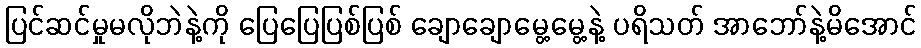
ပြင်ဆင်မှုမလိုဘဲနဲ့ကို ပြေပြေပြစ်ပြစ် ချောချောမွေ့မွေ့နဲ့ ပရိသတ် အာဘော်နဲ့မိအောင်